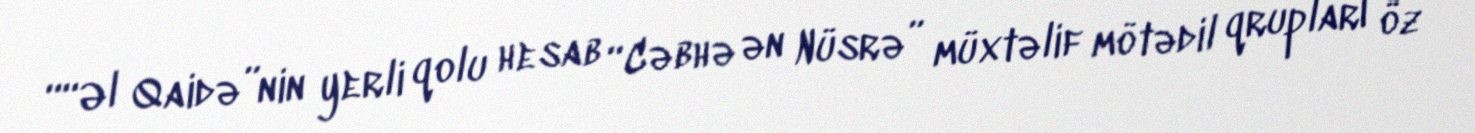
““Əl Qaidə”nin yerli qolu hesab “Cəbhə ən Nüsrə” müxtəlif mötədil qrupları öz